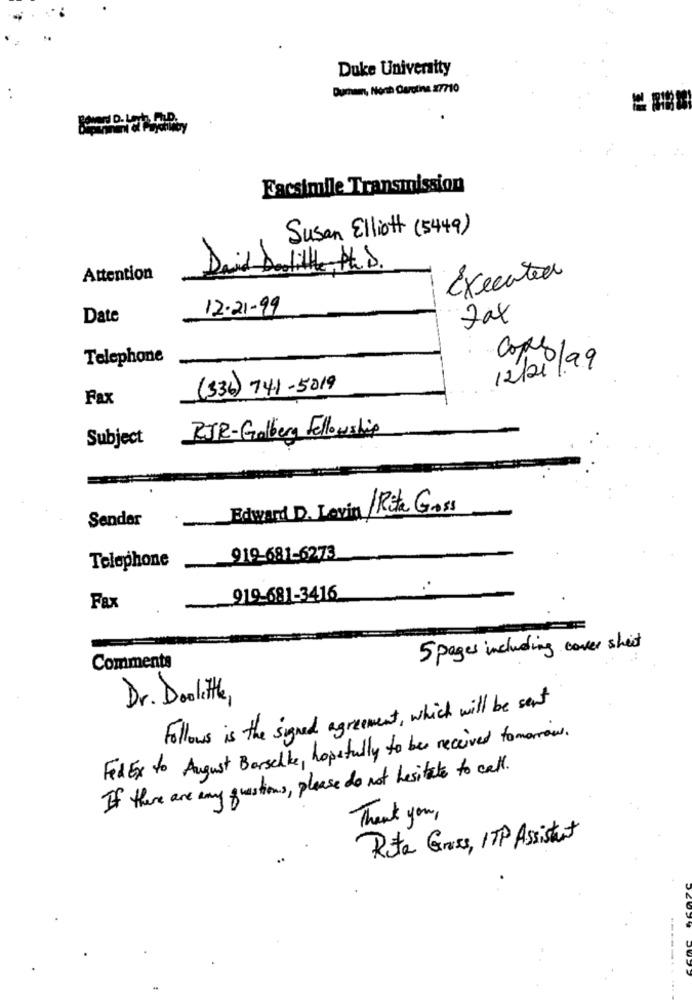
Duke University
Duman, North Carolina 27710
Facsimile Transmission
Susan Elliott (5449)
Daid Delile Ph. D.
Attention
Executed
12-21-99
Date
Fax
Telephone
12/21/
(336) 741-5019
Fax
RJR-Golberg Fellowship
Subject
Edward D. Lovin Rita Gross
Sender
919-681-6273
Telephone
919-681-3416
Fax
5 pages including cover sheet
Comments
Dr. Dolitle,
Follows is the signed agreement, which will be sent
Fed Ex to August Barschte, hopefully to be received tomorrow.
If there are any questions, please do not hesitate to call.
Thank you ,
Rita Grass, ITP Assistant